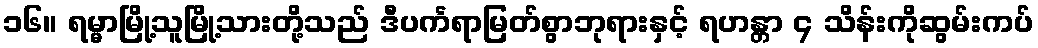
၁၆။ ရမ္မာမြို့သူမြို့သားတို့သည် ဒီပင်္ကရာမြတ်စွာဘုရားနှင့် ရဟန္တာ ၄ သိန်းကိုဆွမ်းကပ်